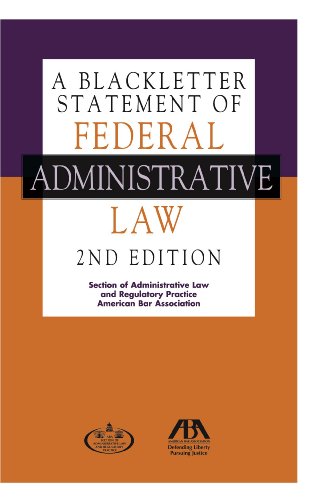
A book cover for A Blackletter Statement of Federal Administrative Law; American Bar Association; Law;